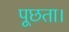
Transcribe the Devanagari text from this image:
पूछता।